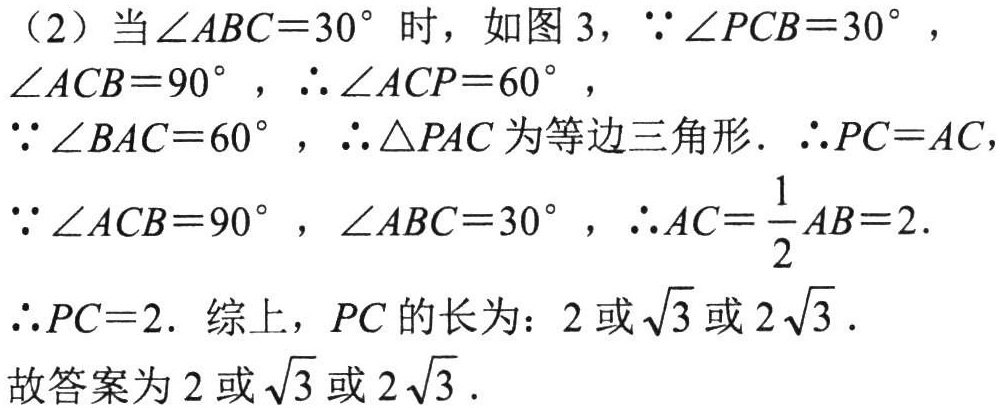
（2）当$\angle ABC = 30^{\circ}$时，如图 3，$\because\angle PCB = 30^{\circ}$，$\angle ACB = 90^{\circ}$，$\therefore\angle ACP = 60^{\circ}$，
$\because\angle BAC = 60^{\circ}$，$\therefore\triangle PAC$为等边三角形. $\therefore PC = AC$，
$\because\angle ACB = 90^{\circ}$，$\angle ABC = 30^{\circ}$，$\therefore AC=\frac{1}{2}AB = 2$.
$\therefore PC = 2$. 综上，$PC$的长为：$2$或$\sqrt{3}$或$2\sqrt{3}$.
故答案为$2$或$\sqrt{3}$或$2\sqrt{3}$.